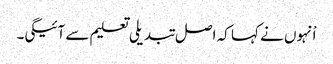
اْنہوں نے کہا کہ اصل تبدیلی تعلیم سے آئیگی۔